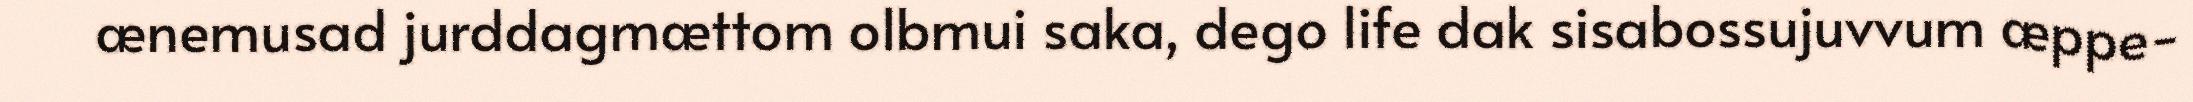
ænemusad jurddagmættom olbmui saka, dego life dak sisabossujuvvum æppe-